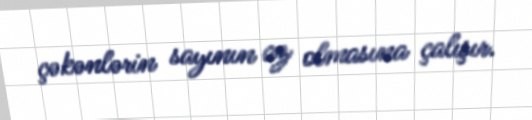
çəkənlərin sayının az olmasına çalışır.